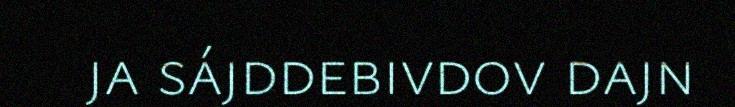
ja sájddebivdov dajn